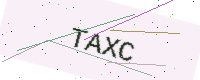
Text: TAXC